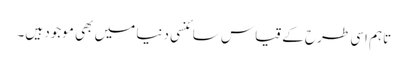
تاہم اسی طرح کے قیاس سائنسی دنیا میں بھی موجود ہیں۔